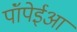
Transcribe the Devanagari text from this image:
पॉंपेईआ